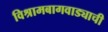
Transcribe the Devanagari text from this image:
विश्रामबागवाड्याची